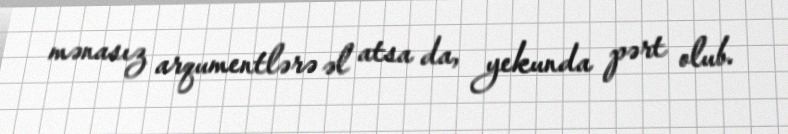
mənasız arqumentlərə əl atsa da, yekunda pərt olub.